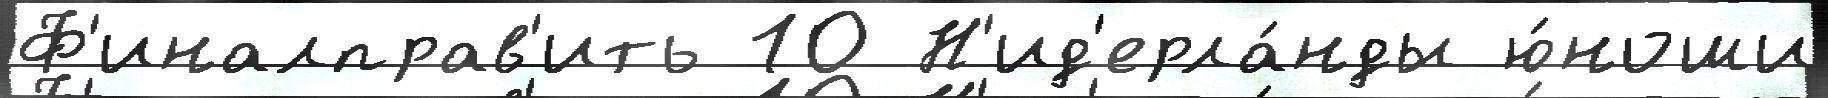
Ф'иналправ'ить 10 Н'ид'ерла́нды ю́ноши